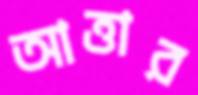
আত্তার